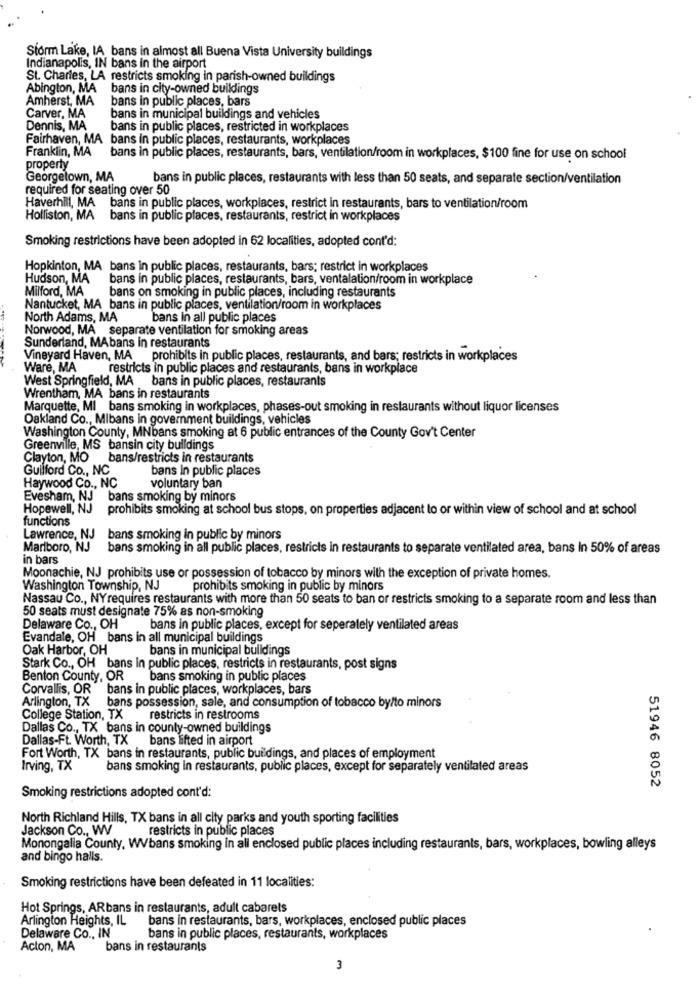
Sform Lake, LA bans in almost all Buena Vista University buildings
Indianapolis, IN bans in the airport
St. Charles, LA restricts smoking in parish-owned buildings
Abington, MA bans in city-owned buildings
Amherst, MA
bans in public places, bars
Carver, MA
bans in municipal buildings and vehicles
Dennis, MA
bans in public places, restricted in workplaces
Fairhaven, MA bans in public places, restaurants, workplaces
Franklin, MA
bans in public places, restaurants, bars, ventilation/room in workplaces, $100 fine for use on school
property
Georgetown, MA
bans in public places, restaurants with less than 50 seats, and separate section/ventilation
required for seating over 50
Haverhill, MA bans in public places, workplaces, restrict in restaurants, bars to ventilation/room
Holliston, MA bans in public places, restaurants, restrict in workplaces
Smoking restrictions have been adopted in 62 localities, adopted cont'd:
Hopkinton, MA bans in public places, restaurants, bars; restrict in workplaces
Hudson, MA
bans in public places, restaurants, bars, ventalation/room in workplace
Milford, MA
bans on smoking in public places, including restaurants
Nantucket, MA bans in public places, ventilation/room in workplaces
North Adams, MA
bans in all public places
Norwood, MA separate ventilation for smoking areas
Sunderland, MAbans in restaurants
Vineyard Haven, MA prohibits in public places, restaurants, and bars; restricts in workplaces
Ware, MA
restricts in public places and restaurants, bans in workplace
West Springfield, MA bans in public places, restaurants
Wrentham, MA bans in restaurants
Marquette, MI bans smoking in workplaces, phases-out smoking in restaurants without liquor licenses
Oakland Co ., Mibans in government buildings, vehicles
Washington County, MNbans smoking at 6 public entrances of the County Gov't Center
Greenville, MS bansin city buildings
Clayton, MO bans/restricts in restaurants
Guilford Co ., NC
bans in public places
Haywood Co ., NC
voluntary ban
Evesham, NJ bans smoking by minors
Hopewell, NJ
prohibits smoking at school bus stops, on properties adjacent to or within view of school and at school
functions
Lawrence, NJ bans smoking in public by minors
Marlboro, NJ
bans smoking in all public places, restricts in restaurants to separate ventilated area, bans in 50% of areas
in bars
Moonachie, NJ prohibits use or possession of tobacco by minors with the exception of private homes.
Washington Township, NJ
prohibits smoking in public by minors
Nassau Co ., NYrequires restaurants with more than 50 seats to ban or restricts smoking to a separate room and less than
50 seats must designate 75% as non-smoking
Delaware Co ., OH
bans in public places, except for seperately ventilated areas
Evandale, OH bans in all municipal buildings
Oak Harbor, OH
bans in municipal buildings
Stark Co ., OH bans in public places, restricts in restaurants, post signs
Benton County, OR
bans smoking in public places
Corvallis, OR bans in public places, workplaces, bars
Arlington, TX bans possession, sale, and consumption of tobacco by/to minors
College Station, TX restricts in restrooms
Dallas Co ., TX bans in county-owned buildings
Dallas-Ft. Worth, TX bans lifted in airport
Fort Worth, TX bans in restaurants, public buildings, and places of employment
Irving, TX
bans smoking in restaurants, public places, except for separately ventilated areas
51946 8052
Smoking restrictions adopted cont'd:
North Richland Hills, TX bans in all city parks and youth sporting facilities
Jackson Co ., WV
restricts in public places
Monongalla County, WVbans smoking in all enclosed public places including restaurants, bars, workplaces, bowling alleys
and bingo halls.
Smoking restrictions have been defeated in 11 localities:
Hot Springs, ARbans in restaurants, adult cabarets
Arlington Heights, IL
bans in restaurants, bars, workplaces, enclosed public places
Delaware Co ., IN
bans in public places, restaurants, workplaces
Acton, MA
bans in restaurants
3